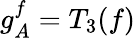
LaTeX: g_{A}^{f}=T_{3}(f)